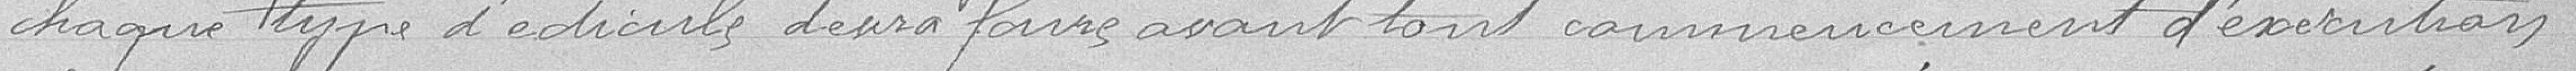
chaque type d'édi  d foins avant tout commencement d'éxecution, l'